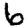
Digit: 6